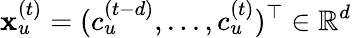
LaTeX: \textbf{x}_{u}^{(t)}=(c_{u}^{(t-d)},...,c_{u}^{(t)})^{\top}\in\mathbb{R}^{d}